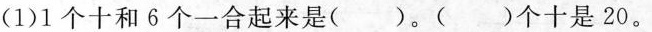
(1)1个十和6个一合起来是()。()个十是20。